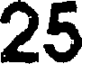
25